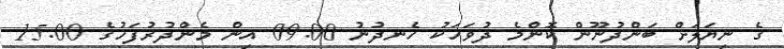
ގެ ނިޔަލަށް ބަންދުނޫން ކޮންމެ ދުވަހަކު ހެނދުނު 09:00 އިން މެންދުރުފަހުގެ 15:00